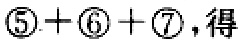
\(\textcircled{5} + \textcircled{6} + \textcircled{7}\)，得